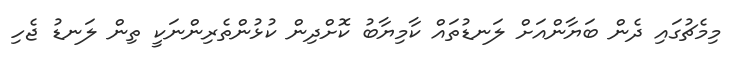
މިމެޗުގައި ދެން ބަޔާންއަށް ލަނޑުތައް ކާމިޔާބު ކޮށްދިން ކުޅުންތެރިންނަކީ ތިން ލަނޑު ޖެހި